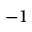
- 1